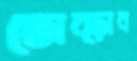
তোব্‌ড়াব